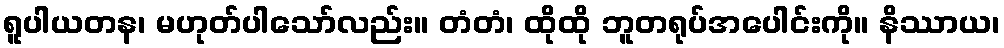
ရူပါယတန၊ မဟုတ်ပါသော်လည်း။ တံတံ၊ ထိုထို ဘူတရုပ်အပေါင်းကို။ နိဿာယ၊